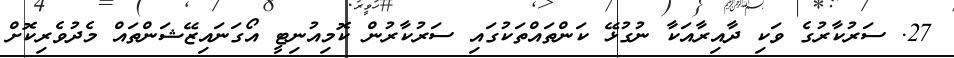
27. ސަރުކާރުގެ ވަކި ދާއިރާއަކާ ނުގުޅޭ ކަންތައްތަކުގައި ސަރުކާރުން ކޮމިއުނިޓީ އޯގަނައިޒޭޝަންތައް މެދުވެރިކޮށް